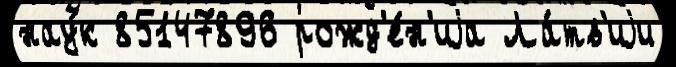
нау́к 85147896 рожд'е́н'иjа Ла́тв'иjи